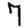
Digit: 7